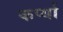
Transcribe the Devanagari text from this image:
कर्प्या